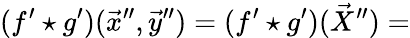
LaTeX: (f^{\prime}\star g^{\prime})(\vec{x}^{\prime\prime},\vec{y}^{\prime\prime})=(f^{\prime}\star g^{\prime})(\vec{X}^{\prime\prime})=